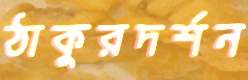
ঠাকুরদর্শন